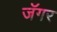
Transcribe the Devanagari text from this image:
जॅगर